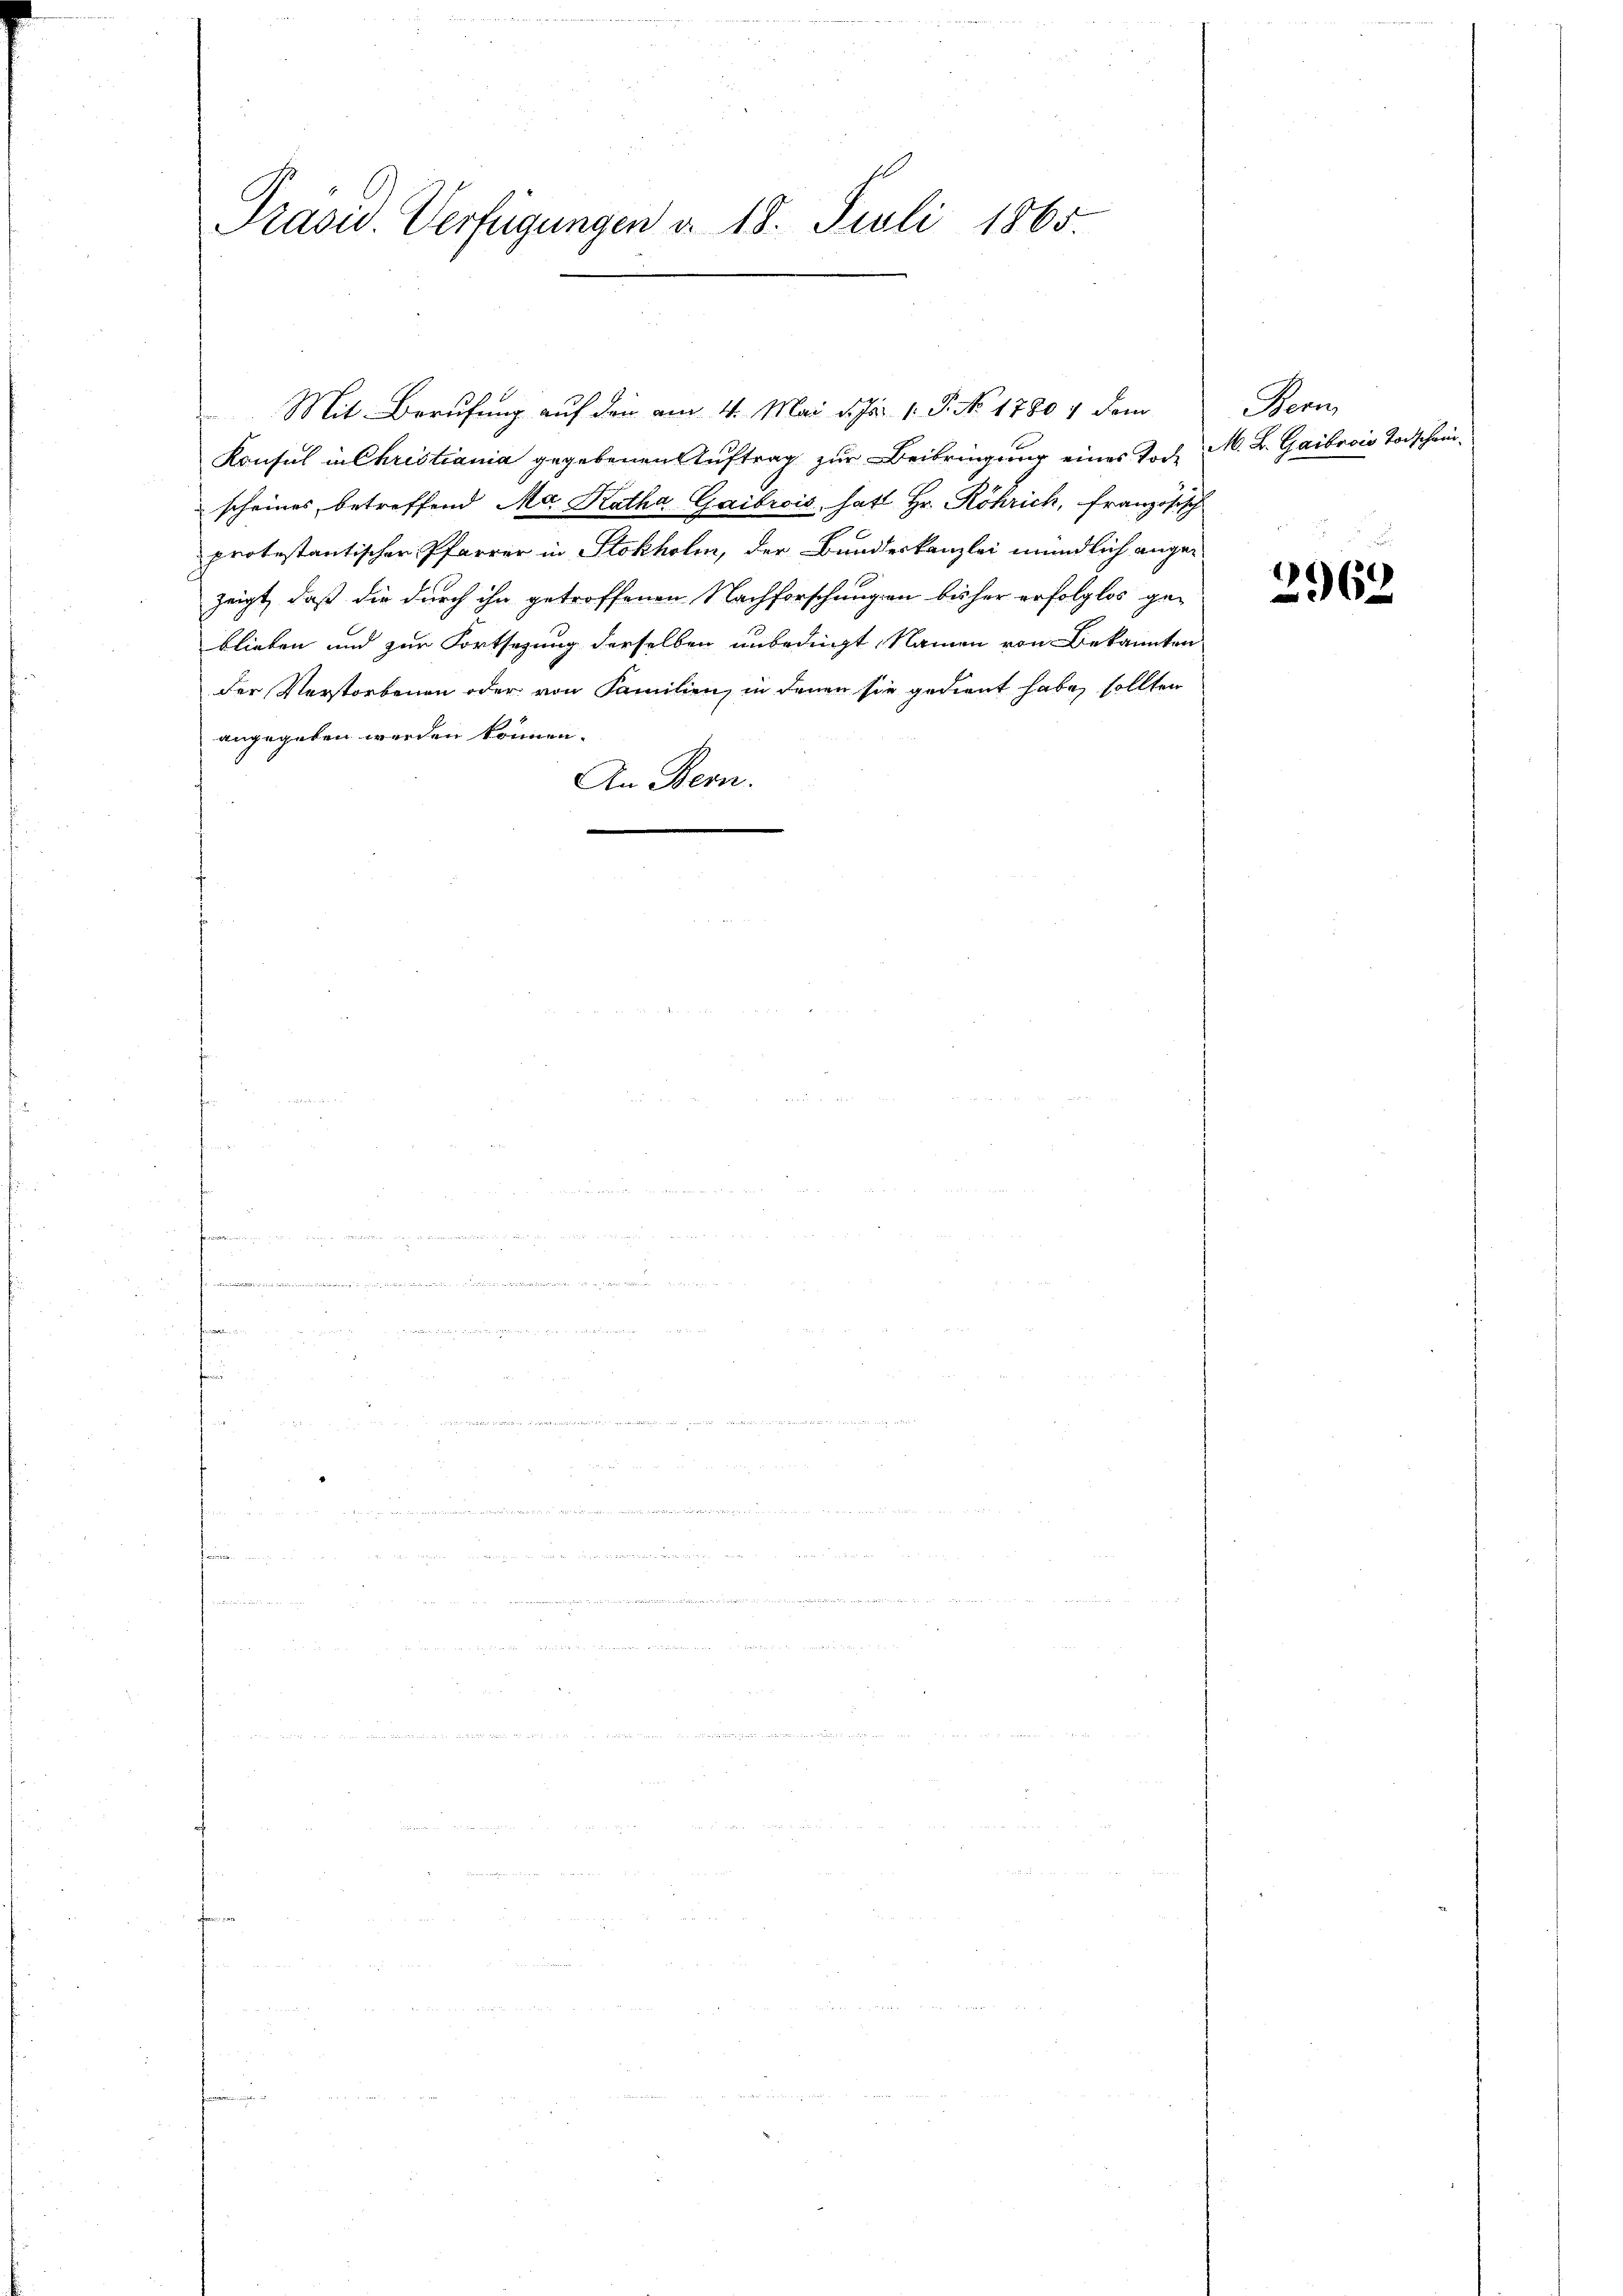
Präsid. Verfügungen d. 18. Juli 1865.

Mit Berufung auf den am 4. Mai d. Js. 1. P. No. 1780 / dem
Konsul in Christiania gegebenen Auftrag zur Beibringung eines Toch M. B. Gaibrois Todschrischeines, betreffend Ma Katha Gaibrois hat Hr. Röhrich, französisch
protestantischer Pfarrer in Stokholm, der Bundeskanzlei mündlich angezeigt, daß die durch ihn getroffenen Nachforschungen bisher erfolglos geblieben und zur Fortsezung derselben unbedingt, Namen von Bekannten
der Verstorbenen oder von Familien, in denen sie gedient habe, sollten
angegeben werden können.
An Bern.

Bern

e
162